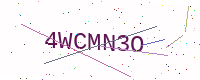
Text: 4WCMN3O